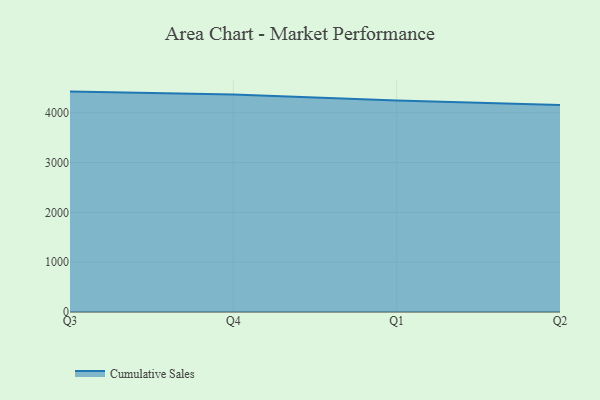
{"axis": {"x": "Quarter", "y": "Active Users"}, "legend": ["Cumulative Sales"], "data": [{"x": "Q3", "y": 4422.3, "type": "Cumulative Sales"}, {"x": "Q4", "y": 4364.9, "type": "Cumulative Sales"}, {"x": "Q1", "y": 4244.8, "type": "Cumulative Sales"}, {"x": "Q2", "y": 4153.1, "type": "Cumulative Sales"}]}